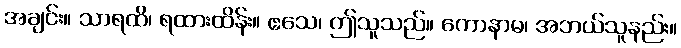
အချင်း။ သာရထိ၊ ရထားထိန်း။ ဧသေ၊ ဤသူသည်။ ကောနာမ၊ အဘယ်သူနည်း။